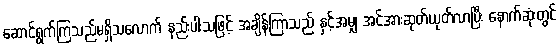
ဆောင်ရွက်ကြသည်မရှိသလောက် နည်းပါးသဖြင့် အချိန်ကြာသည် နှင့်အမျှ အင်အားဆုတ်ယုတ်လာပြီး နောက်ဆုံးတွင်